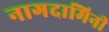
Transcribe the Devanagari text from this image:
नागदामिनी